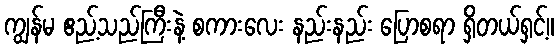
ကျွန်မ ဧည့်သည်ကြီးနဲ့ စကားလေး နည်းနည်း ပြောစရာ ရှိတယ်ရှင့်။